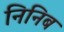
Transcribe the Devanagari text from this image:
निनिब